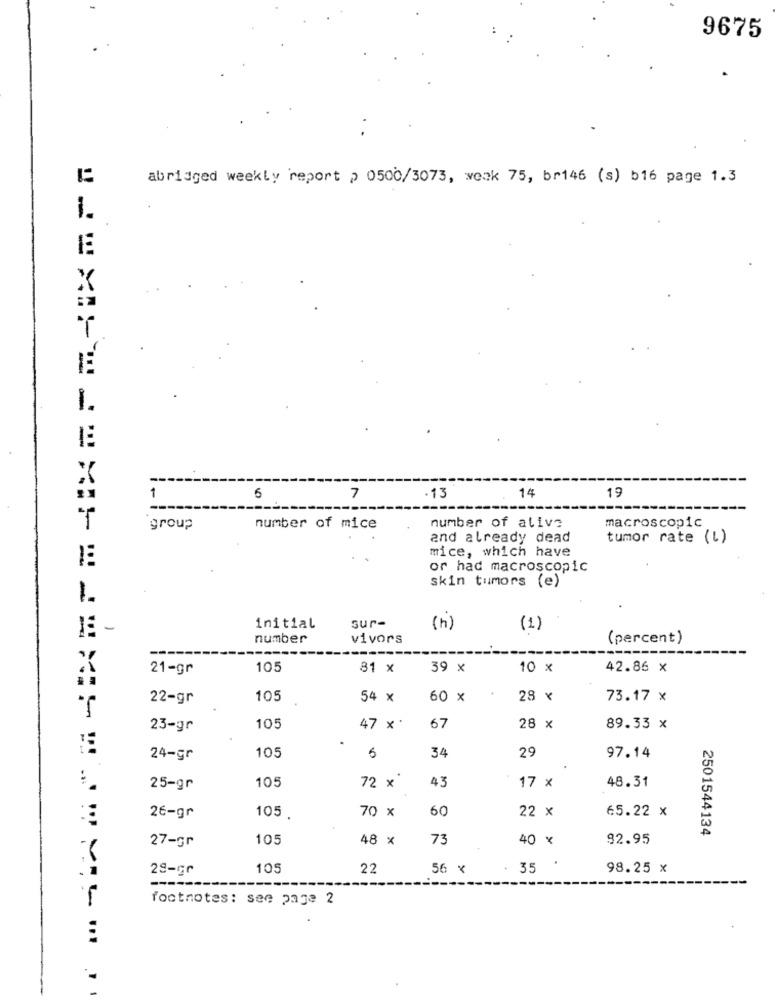
9675
abridged weekly report > 0500/3073, weak 75, bri46 (s) b16 page 1.3
X
1.
13
14
19
1
5
7
macroscopic
group
number of mice
number of alive
and already dead
tumor rate (L)
mice, which have
or had macroscopic
skin tumors (e)
1.
sur-
-
initial
(1)
number
vivors
(percent)
21-gr
105
81 x
39 x
10 x
42.86 X
22-gr
105
54 x
60 x
28 x
73.17 x
23-gr
105
47 x
67
28 x
89.33 x
24-gr
105
5
34
29
97.14
105
43
48.31
25-gr
72 x
17 x
70 x
60
22 x
65.22 x
26-gr
105.
2501544134
27-gr
105
48 x
73
40 x
92.95
105
22
56 x
35
98.25 x
-----
footnotes: see page 2